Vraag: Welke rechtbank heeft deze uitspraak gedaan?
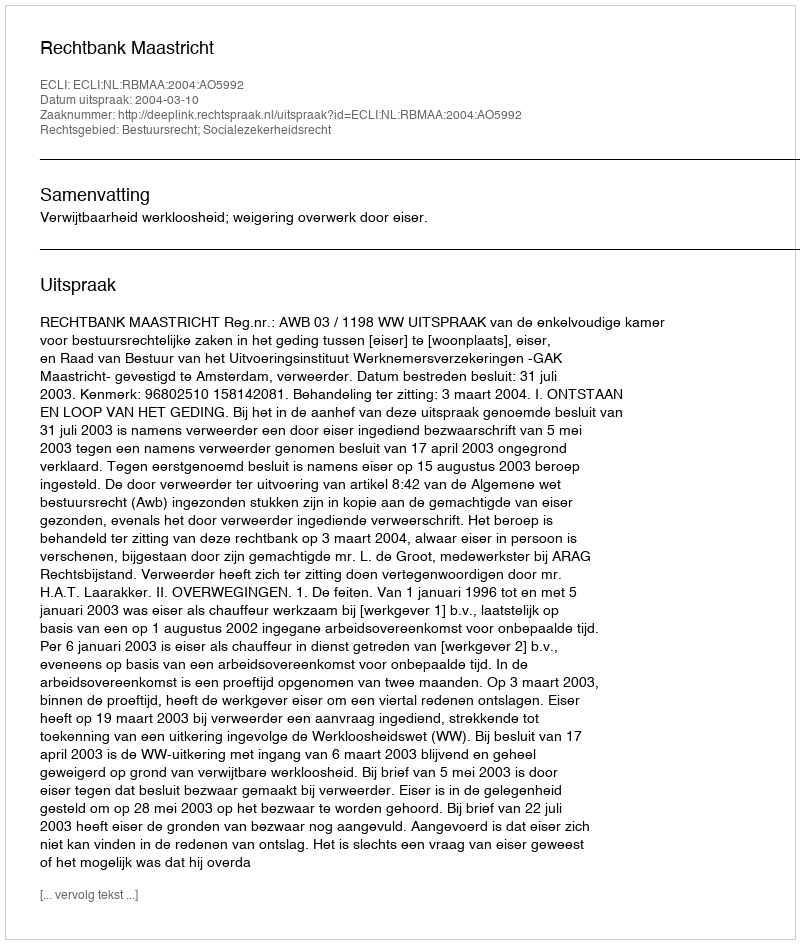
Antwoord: Rechtbank Maastricht